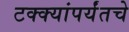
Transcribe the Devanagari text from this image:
टक्क्यांपर्यंतचे